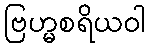
ဗြဟ္မစရိယဝါ